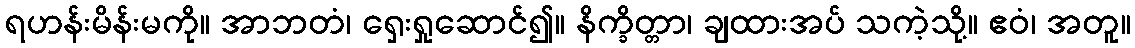
ရဟန်းမိန်းမကို။ အာဘတံ၊ ရှေးရှုဆောင်၍။ နိက္ခိတ္တာ၊ ချထားအပ် သကဲ့သို့။ ဧဝံ၊ အတူ။